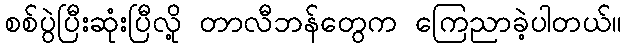
စစ်ပွဲပြီးဆုံးပြီလို့ တာလီဘန်တွေက ကြေညာခဲ့ပါတယ်။